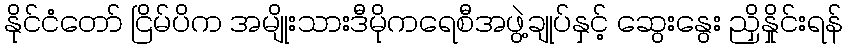
နိုင်ငံတော် ငြိမ်ပိက အမျိုးသားဒီမိုကရေစီအဖွဲ့ချုပ်နှင့် ဆွေးနွေး ညှိနှိုင်းရန်